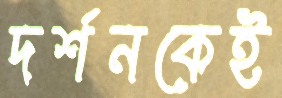
দর্শনকেই